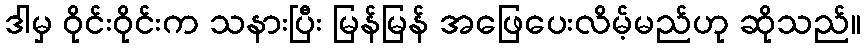
ဒါမှ ဝိုင်းဝိုင်းက သနားပြီး မြန်မြန် အဖြေပေးလိမ့်မည်ဟု ဆိုသည်။